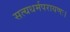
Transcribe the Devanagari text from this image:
सत्यधर्मपरायणः।